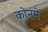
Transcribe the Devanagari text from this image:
कोनमे